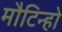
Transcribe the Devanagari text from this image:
मौटिन्हो